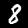
Digit: 8